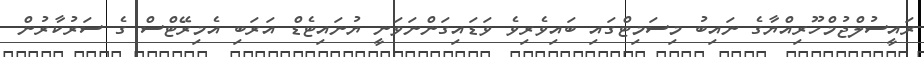
ރައީސުލްޖުމްހޫރިއްޔާގެ ނައިބު މިސަމިޓްގައި ބައިވެރިވެ ވަޑައިގަންނަވަނީ ޔުނައިޓެޑް އަރަބި އެމިރޭޓްސް ގެ ސަރުކާރުން